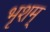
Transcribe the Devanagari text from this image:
भृशम्‌